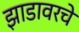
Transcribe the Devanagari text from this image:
झाडावरचे